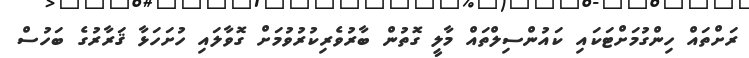
ރަށްތައް ހިންގުމަށްޓަކައި ކައުންސިލްތައް މާލީ ގޮތުން ބާރުވެރިކުރުވުމަށް ގޮވާލައި ހުށަހަޅާ ޤަރާރުގެ ބަހުސް